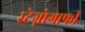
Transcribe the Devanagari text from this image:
स्टेग्नोग्राफी